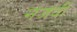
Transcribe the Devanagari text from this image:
नजदी